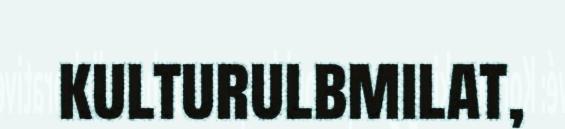
kulturulbmilat,